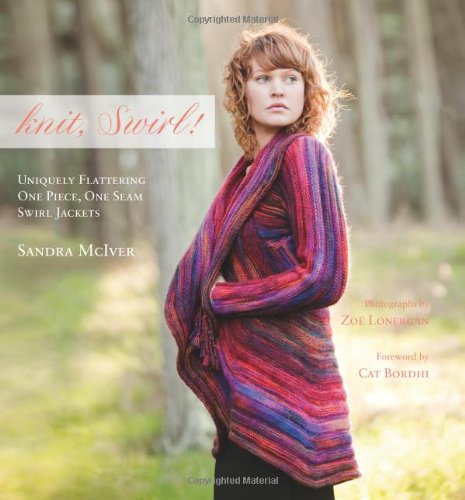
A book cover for knit, Swirl! Uniquely Flattering, One Piece, One Seam Swirl Jackets; Foreword by Cat Bordhi; Sandra McIver; Crafts, Hobbies & Home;